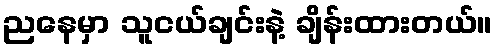
ညနေမှာ သူငယ်ချင်းနဲ့ ချိန်းထားတယ်။